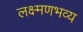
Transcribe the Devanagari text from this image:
लक्ष्मणभव्य